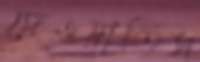
দেওয়াতিস